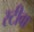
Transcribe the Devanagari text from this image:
स्टीवा